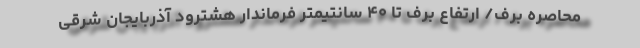
محاصره برف/ ارتفاع برف تا ۴۰ سانتیمتر فرماندار هشترود آذربایجان شرقی